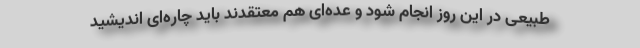
طبیعی در این روز انجام شود و عده‌ای هم معتقدند باید چاره‌ای اندیشید